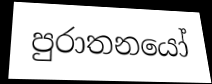
පුරාතනයෝ